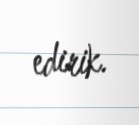
edirik.